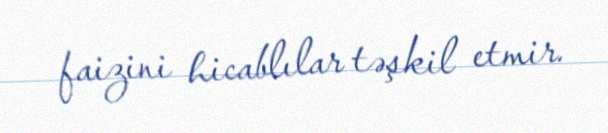
faizini hicablılar təşkil etmir.